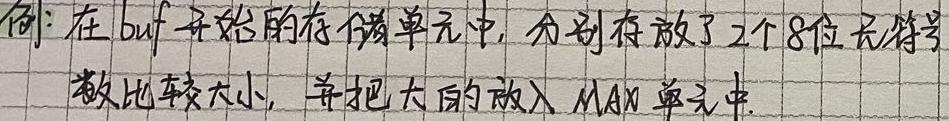
例：在buf开始的存储单元中，分别存放了2个8位无符号数比较大小，并把大的放入MAX单元中.